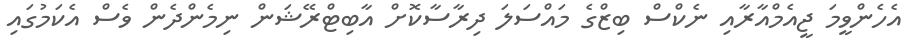
އެހެންވީމަ ޖީއެމްއާރާއި ނެކްސް ބިޒްގެ މައްސަލަ ދިރާސާކޮށް އާބިޓްރޭޝަން ނިމެންދެން ވެސް އެކަމުގައި